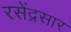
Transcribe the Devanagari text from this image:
रसेंद्रसार